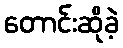
တောင်းဆိုခဲ့